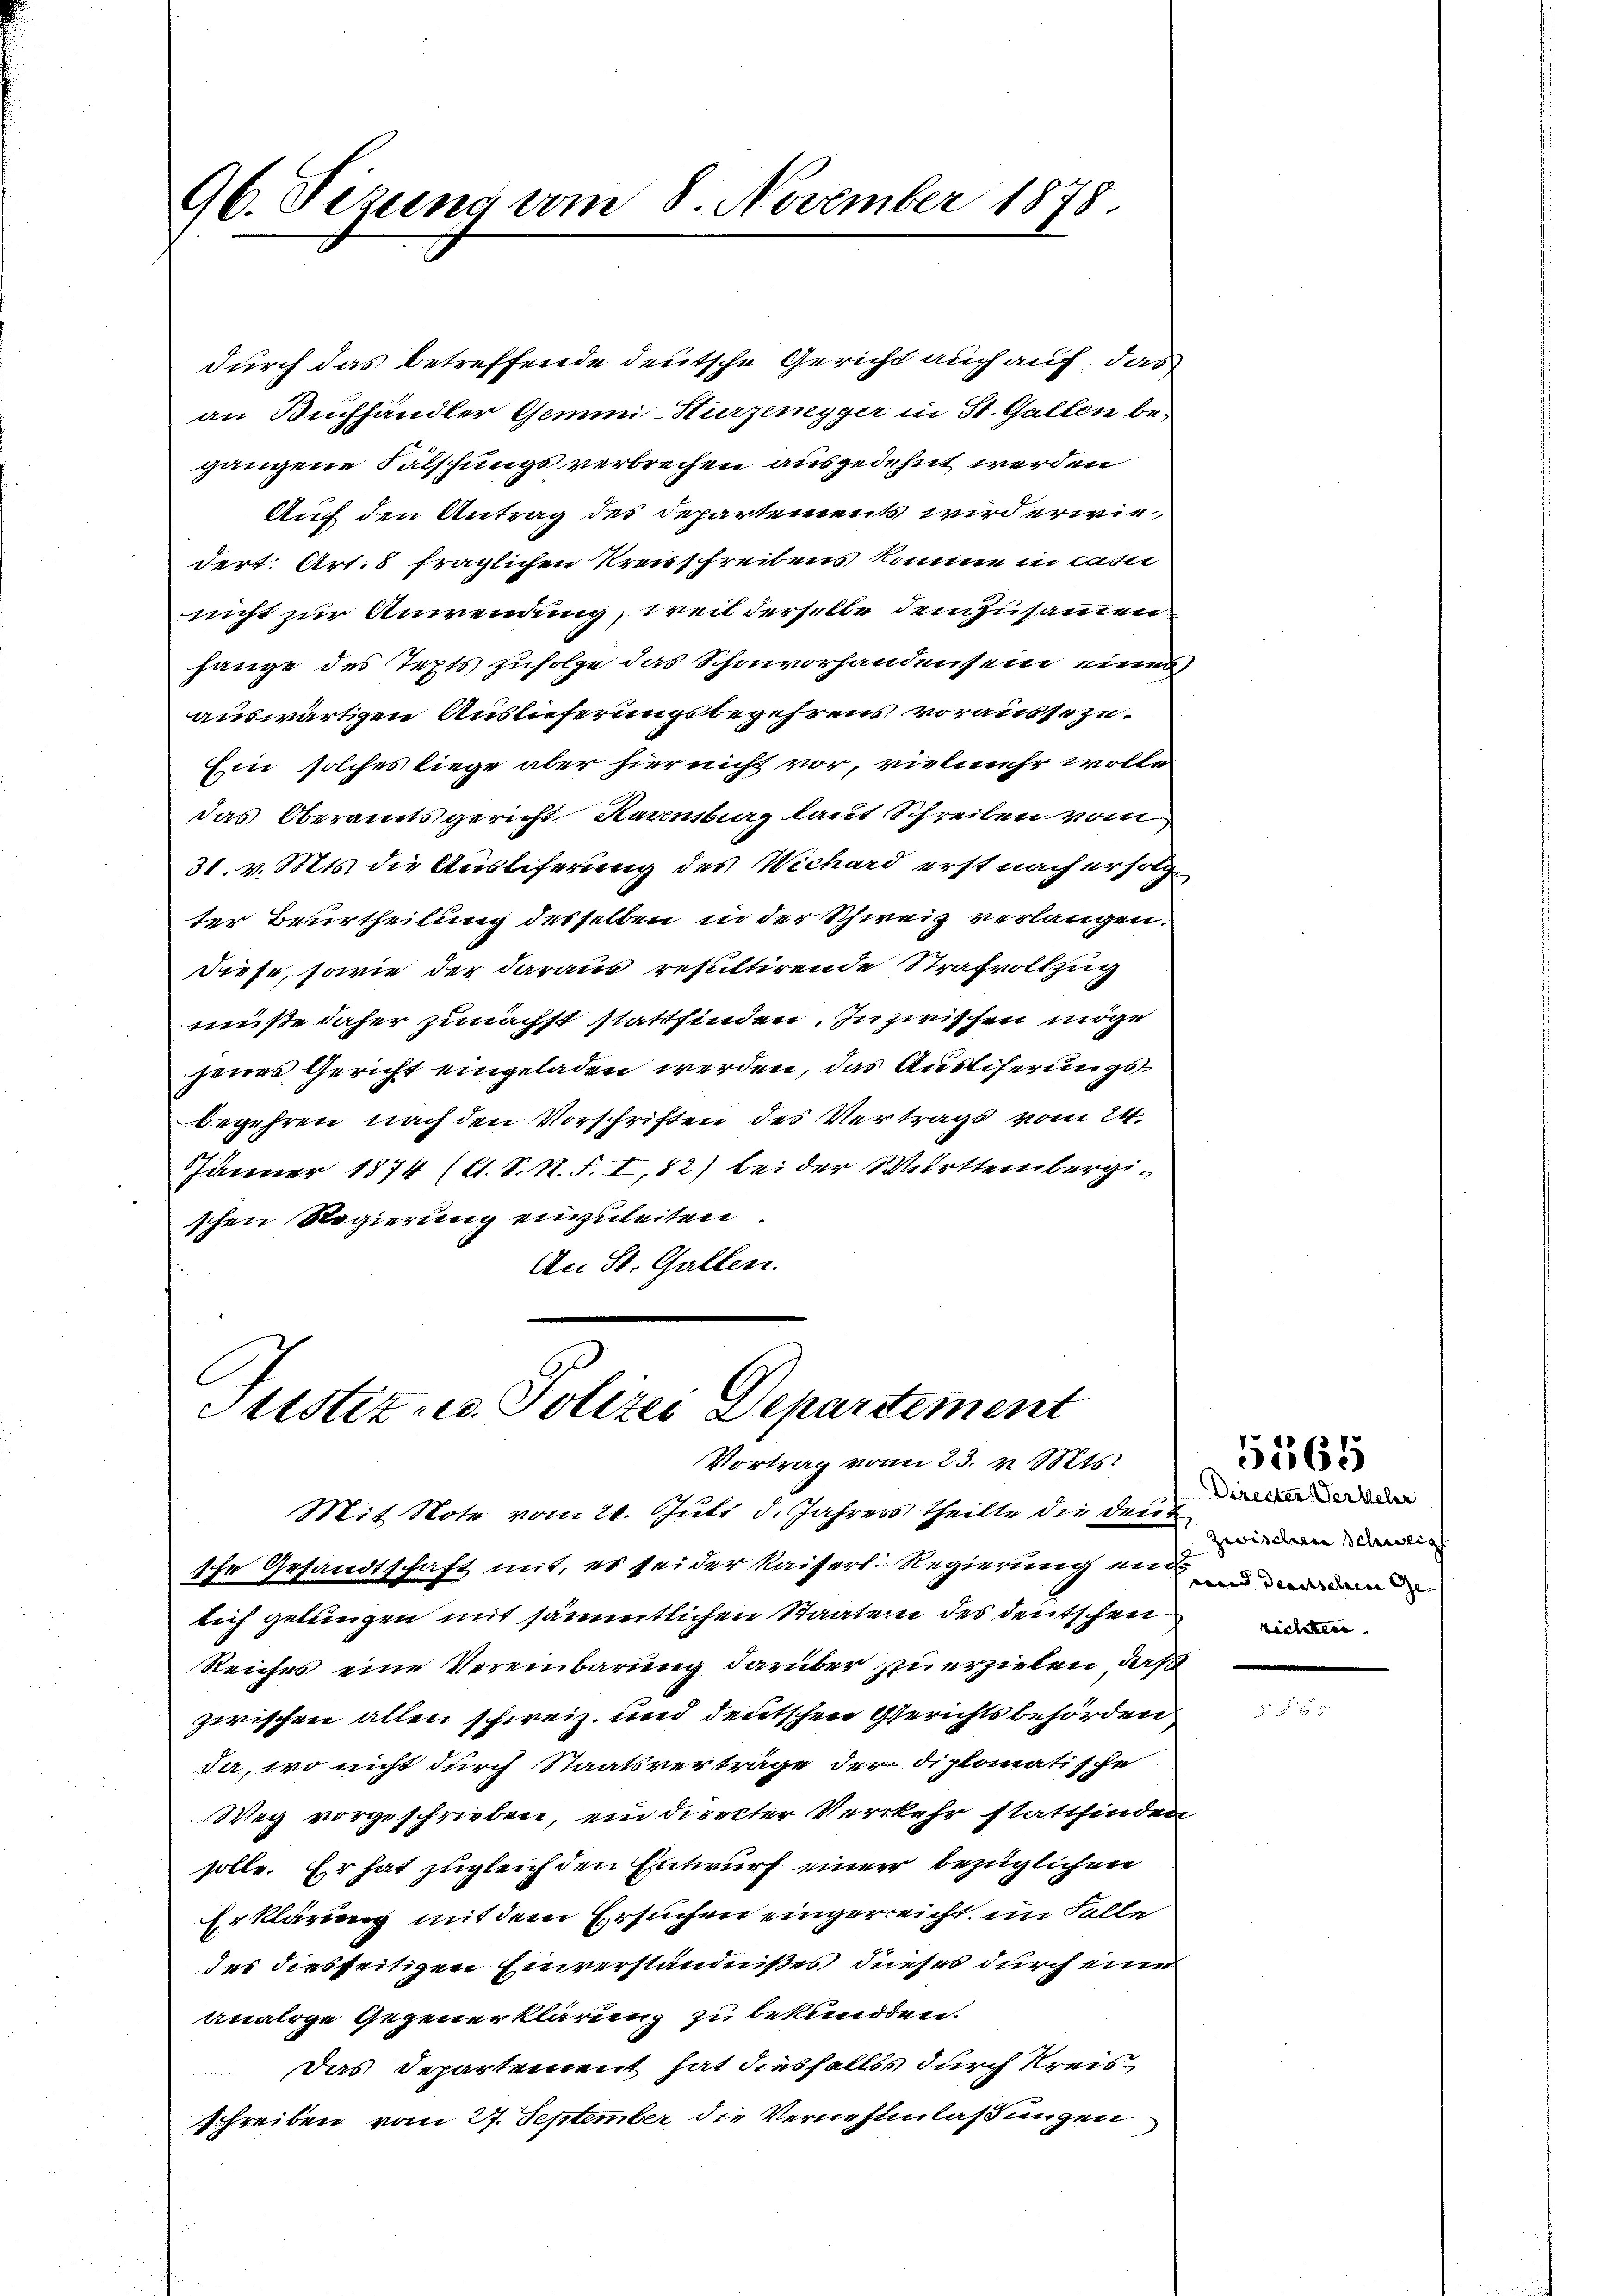
96. Sezung vom 8. November 1878

durch das betreffende deutsche Gericht auch auf das
an Buchhändler Gemni-Hürzenegger in St. Gallen begangene Fälschungsverbrechen ausgedehnt werden
Auf den Antrag des Departements wird erwie
dert. Art. 8 fraglichen Kreisschreibens komme in casii
nicht zur Anwendung, weil derselbe dem Zusammenhange des Tepts zufolge das Schon vorhandensein eines
auswärtigen Auslieferungsbegehrens vorausseze
Ein solches liege aber hier nicht vor, vielmehr wolle
das Oberamtsgericht Harnsburg laut Schreiben vom
31. v. Mts. die Ausliferung des Wichard erst nach erfolge
ter Beurtheilung desselben in der Schweiz verlangen.
diese, sowie der daraus resultirende Strafvollzug
miße daher zunächst stattfinden. Inzwischen möge
jenes Gericht eingeladen werden, das Ausliferungsbegehren nach den Vorschriften des Vertrags vom 24.
Jänner 1874 (lt. S. N. F. I, 52) bei der Württembergischen Regierung einzuleiten.
An St. Gallen.

Justiz- u. Polizei Departement
Vortrag vom 23. v. Mts.

Mit Note vom 24. Juli d. Jahrers Theilte die Deut
sche Gesandtschaft mit, es sei der Kaiserl. Regierung ein und da
lich gelungen mit sämmtlichen Staaten des deutschen
Reiches eine Vereinbarung darüber zuerzielen, daß
zwischen allen schweiz. und deutschen Gerichtsbehörden
da, wo nicht durch Staatsverträge der diplomatische
Weg vorgeschrieben, ein directer Verkehr stattfinden
solle. Er hat zugleich den Entwurf einer bezüglichen
Erklärung mit dem Ersuchen eingereicht im Falle
des diesseitigen Einverständnißes dieses durch eine
analige Gegenerklärung zu bekunden.
Das Departement hat diesfalls durch Kreisschreiben vom 27. September die Vernehmlassungen

Directer Verkehr
Zwischen Schweiz
zictatern.

5565